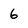
Character: 6